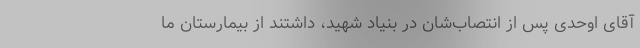
آقای اوحدی پس از انتصاب‌شان در بنیاد شهید، داشتند از بیمارستان ما